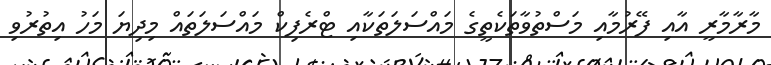
މާރާމާރީ އާއި ފޭރުމާއި މަސްތުވާތަކެތީގެ މައްސަލަތަކާއި ޓްރެފިކް މައްސަލަތައް މިދިޔަ މަހު އިތުރުވި